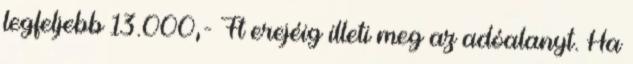
legfeljebb 13.000,- Ft erejéig illeti meg az adóalanyt. Ha